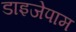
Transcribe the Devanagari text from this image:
डाइजेपाम